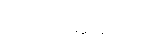
အယူအဆပေါ့။